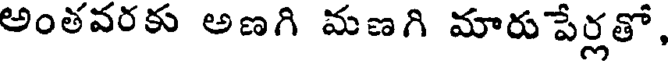
అంతవరకు అణగి మణగి మారు పేర్లతో,